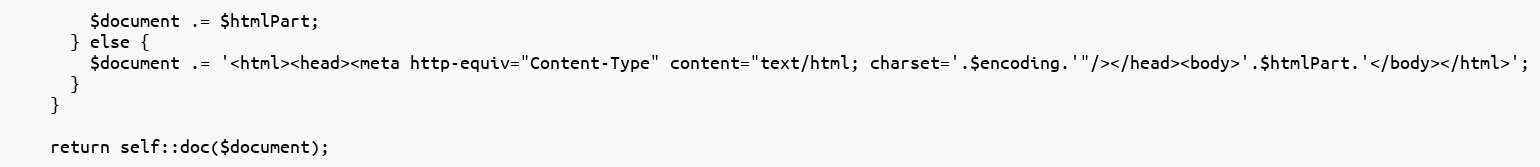
Language: PHP
        $document .= $htmlPart;
      } else {
        $document .= '<html><head><meta http-equiv="Content-Type" content="text/html; charset='.$encoding.'"/></head><body>'.$htmlPart.'</body></html>';
      }
    }

    return self::doc($document);